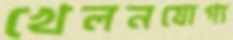
খেলনযোগ্য